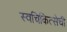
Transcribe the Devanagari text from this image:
स्वचिकित्सेची